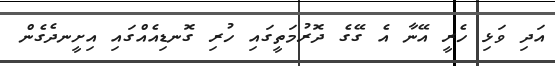
އަދި ވަޅި ހެރީ އޭނާ އެ ގޭގެ ދޮރުމަތީގައި ހުރި ގޮނޑިއެއްގައި އިށީނދެގެން